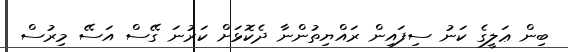
ބިން ޢަލީގެ ކަނު ސިފައިން ރައްޔިތުންނާ ދެކޮޅަށް ކަރުނަ ގޭސް އަސޭ މިރުސް